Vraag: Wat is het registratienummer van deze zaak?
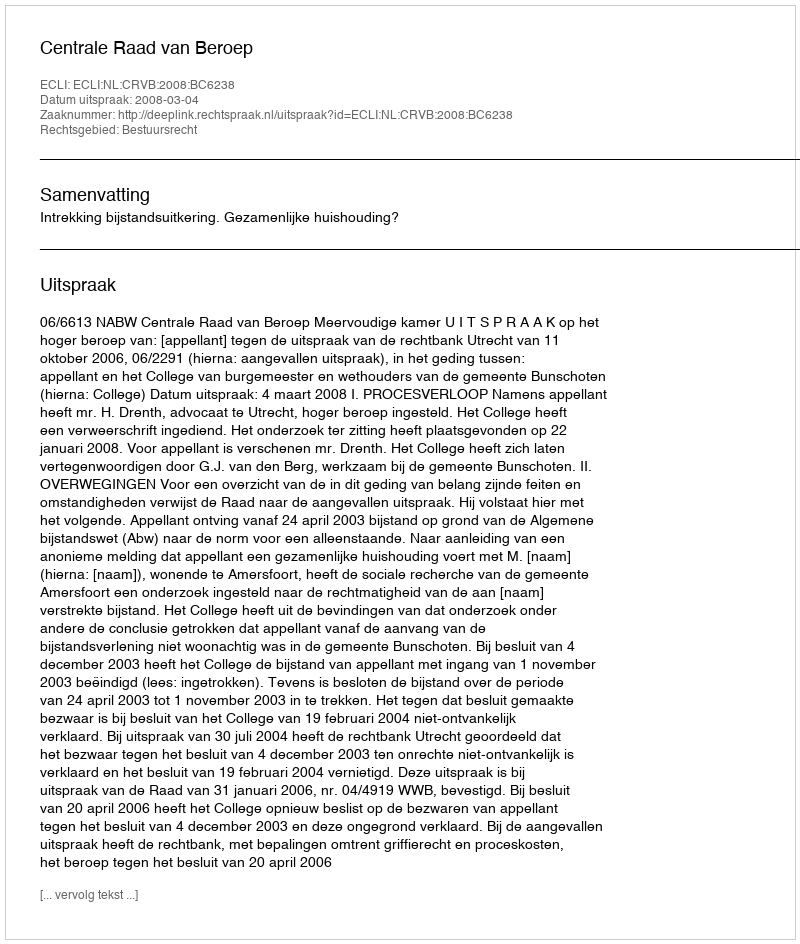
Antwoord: http://deeplink.rechtspraak.nl/uitspraak?id=ECLI:NL:CRVB:2008:BC6238